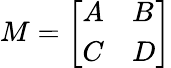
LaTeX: M={\left[\begin{array}{ll}{A}&{B}\\ {C}&{D}\end{array}\right]}